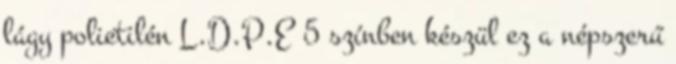
lágy polietilén L.D.P.E 5 színben készül ez a népszerű